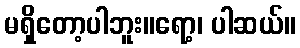
မရှိတော့ပါဘူး။ရော့၊ ပါဆယ်။